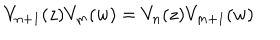
LaTeX: V _ { n + 1 } ( z ) V _ { m } ( w ) = V _ { n } ( z ) V _ { m + 1 } ( w )